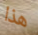
هذا